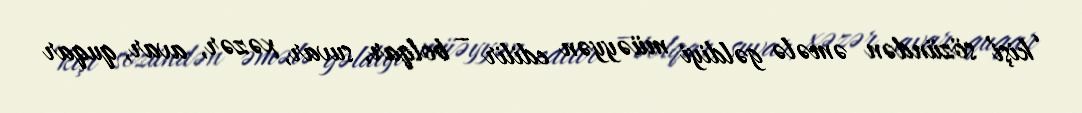
‘kişi’ sözündən əmələ gəldiyi müəyyən edilir – bolqar, suvar, xəzər, avar, quqar